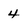
Character: 4